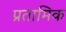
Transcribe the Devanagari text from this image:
प्रतामिक